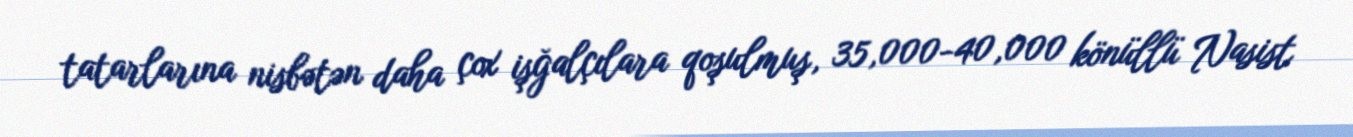
tatarlarına nisbətən daha çox işğalçılara qoşulmuş, 35,000-40,000 könüllü Nasist